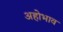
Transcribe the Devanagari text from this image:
अहोभाव